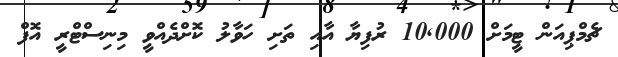
ޗެމްޕިއަން ޓީމަށް 10